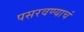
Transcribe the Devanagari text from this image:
पसरवण्याचं